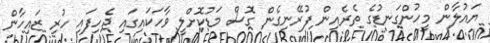
ޔައުލާން މީހުންގަނޑުގެ ތެރެއިން ފުރޭނިގެން ގޮސް މަޑުކޮށްލީ ވާހަކައިގައި ޖެހިފައި ހުރި ޒައިހާން